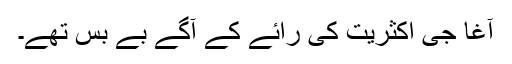
آغا جی اکثریت کی رائے کے آگے بے بس تھے۔